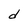
Character: d